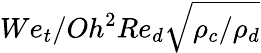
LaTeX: We_{t}/Oh^{2}Re_{d}\sqrt{\rho_{c}/\rho_{d}}